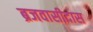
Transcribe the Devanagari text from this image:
ब्रजवासीदास